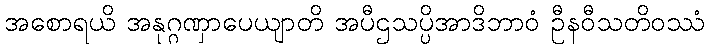
အစောရယိ အနုဂ္ဂဏှာပေယျာတိ အပီဌသပ္ပိအာဒိဘာဝံ ဦနဝီသတိဝဿံ